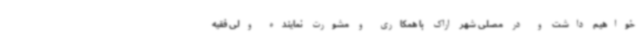
خواهیم داشت و در مصلی شهر اراک با همکاری و مشورت نماینده ولی فقیه